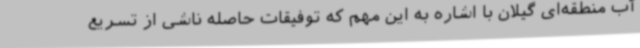
آب منطقه‌ای گیلان با اشاره به این مهم که توفیقات حاصله ناشی از تسریع